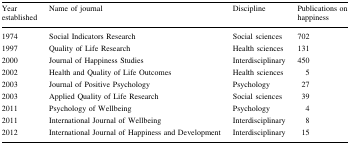
<table><thead><tr><td><b>Year established</b></td><td><b>Name of journal</b></td><td><b>Discipline</b></td><td><b>Publications on happiness</b></td></tr></thead><tbody><tr><td>1974</td><td>Social Indicators Research</td><td>Social sciences</td><td>702</td></tr><tr><td>1997</td><td>Quality of Life Research</td><td>Health sciences</td><td>131</td></tr><tr><td>2000</td><td>Journal of Happiness Studies</td><td>Interdisciplinary</td><td>450</td></tr><tr><td>2002</td><td>Health and Quality of Life Outcomes</td><td>Health sciences</td><td>5</td></tr><tr><td>2003</td><td>Journal of Positive Psychology</td><td>Psychology</td><td>27</td></tr><tr><td>2003</td><td>Applied Quality of Life Research</td><td>Social sciences</td><td>39</td></tr><tr><td>2011</td><td>Psychology of Wellbeing</td><td>Psychology</td><td>4</td></tr><tr><td>2011</td><td>International Journal of Wellbeing</td><td>Interdisciplinary</td><td>8</td></tr><tr><td>2012</td><td>International Journal of Happiness and Development</td><td>Interdisciplinary</td><td>15</td></tr></tbody></table>